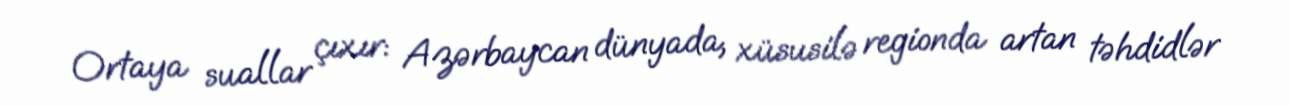
Ortaya suallar çıxır: Azərbaycan dünyada, xüsusilə regionda artan təhdidlər